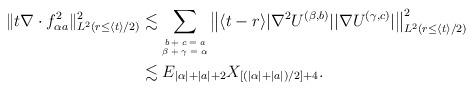
LaTeX: \begin{align*}\|t\nabla\cdot f_{\alpha a}^2\|^2_{L^2(r\leq \langle t \rangle/2)}&\lesssim\sum\limits_{\tiny\begin{matrix}b+c=a\\ \beta+\gamma=\alpha\end{matrix}}\big\|\langle t-r\rangle|\nabla^2 U^{(\beta,b)}| |\nabla U^{(\gamma,c)}|\big\|^2_{L^2(r\leq \langle t \rangle/2)} \\&\lesssim E_{|\alpha|+|a|+2} X_{[(|\alpha|+|a|)/2]+4}.\end{align*}